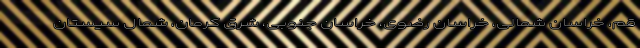
قم، خراسان شمالی، خراسان رضوی، خراسان جنوبی، شرق کرمان، شمال سیستان